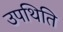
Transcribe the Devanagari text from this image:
उपथिति